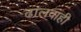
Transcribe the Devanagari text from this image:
ढालवाही